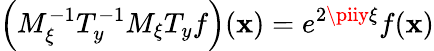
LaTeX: \left(M_{\xi}^{-1}T_{y}^{-1}M_{\xi}T_{y}f\right)(\mathbf{x})=e^{2\piiy\xi}f(\mathbf{x})